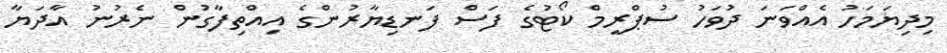
މިދިޔަމަހު އެއްވަނަ ދުވަހު ސުޕްރީމް ކޯޓުގެ ފަސް ފަނޑިޔާރުންގެ އިއްތިފާގުން ނެރުނު އާދަޔާ